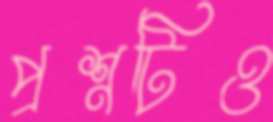
প্রশ্নটিও